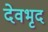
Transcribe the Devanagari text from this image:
देवभृद